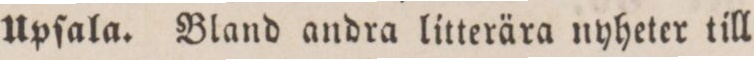
Upſala. Bland andra litterära nyheter till